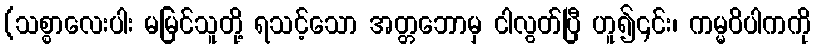
(သစ္စာလေးပါး မမြင်သူတို့ ရသင့်သော အတ္တဘောမှ ငါလွတ်ပြီ ဟူ၍၎င်း၊ ကမ္မဝိပါကကို